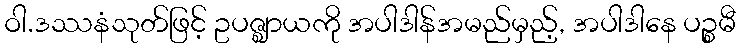
ဝါ.ဒဿနံသုတ်ဖြင့် ဥပဇ္ဈာယကို အပါဒါန်အမည်မှည့်, အပါဒါနေ ပဉ္စမီ